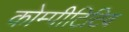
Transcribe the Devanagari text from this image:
कोम्पीटिटिव